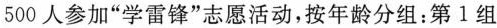
500人参加”学雷锋”志愿活动，按年龄分组：第1组